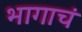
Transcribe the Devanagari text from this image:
भागाचं